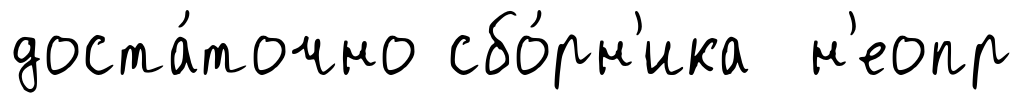
доста́точно сбо́рн'ика н'еопр